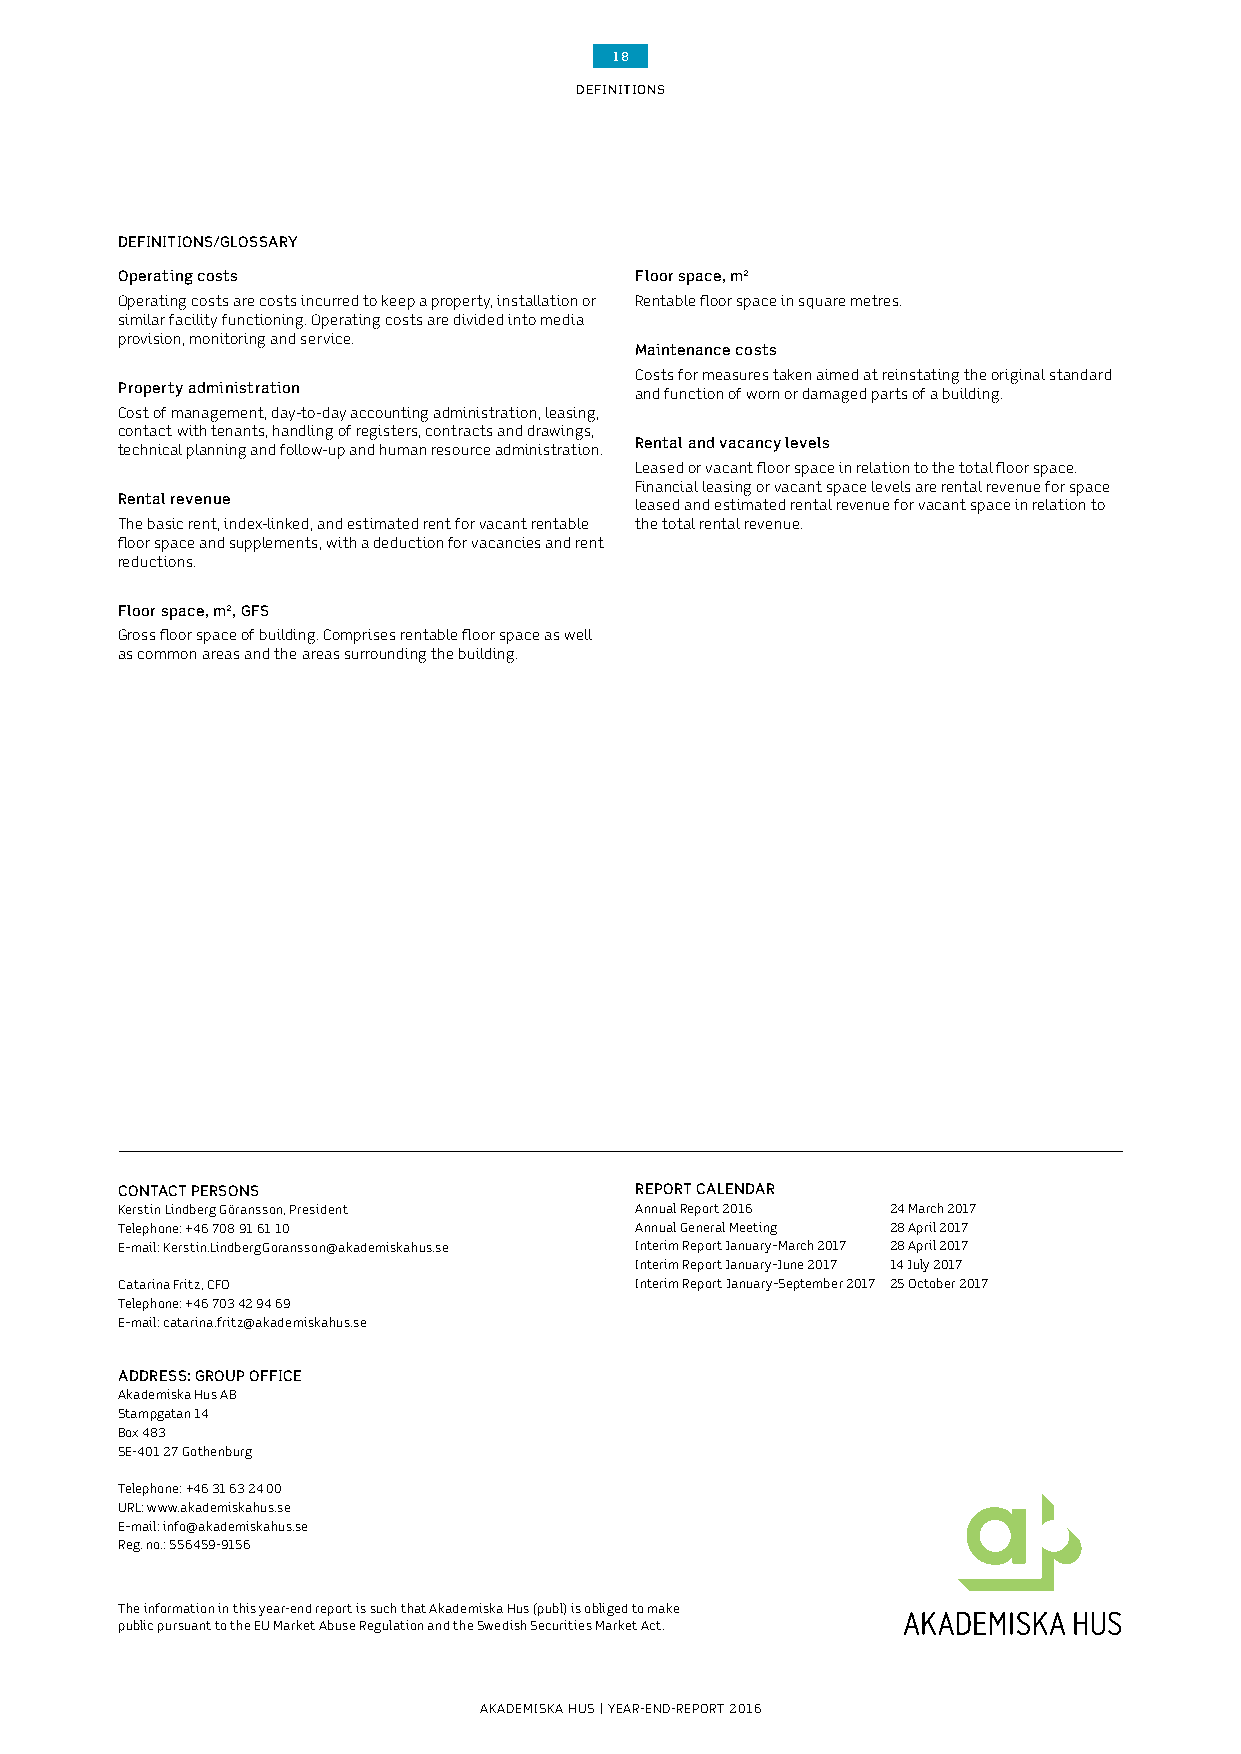
18
 DEFINITIONS
 DEFINITIONS/GLOSSARY
 Operating costs                   Floor space, m²
 Operating costs are costs incurred to keep a property, installation or Rentable floor space in square metres.
 similar facility functioning. Operating costs are divided into media
 provision, monitoring and service.
 Maintenance costs
 Costs for measures taken aimed at reinstating the original standard
 Property administration           and function of worn or damaged parts of a building.
 Cost of management, day-to-day accounting administration, leasing,
 contact with tenants, handling of registers, contracts and drawings,
 Rental and vacancy levels
 technical planning and follow-up and human resource administration.
 Leased or vacant floor space in relation to the total floor space.
 Financial leasing or vacant space levels are rental revenue for space
 Rental revenue                    leased and estimated rental revenue for vacant space in relation to
 The basic rent, index-linked, and estimated rent for vacant rentable the total rental revenue.
 floor space and supplements, with a deduction for vacancies and rent
 reductions.
 Floor space, m², GFS
 Gross floor space of building. Comprises rentable floor space as well
 as common areas and the areas surrounding the building.
 CONTACT PERSONS                   REPORT CALENDAR
 Kerstin Lindberg Göransson, President Annual Report 2016 24 March 2017
 Telephone: +46 708 91 61 10       Annual General Meeting 28 April 2017
 E–mail: Kerstin.LindbergGoransson@akademiskahus.se Interim Report January–March 2017 28 April 2017
 Interim Report January–June 2017 14 July 2017
 Catarina Fritz, CFO               Interim Report January–September 2017 25 October 2017
 Telephone: +46 703 42 94 69
 E–mail: catarina.fritz@akademiskahus.se
 ADDRESS: GROUP OFFICE
 Akademiska Hus AB
 Stampgatan 14
 Box 483
 SE-401 27 Gothenburg
 Telephone: +46 31 63 24 00
 URL: www.akademiskahus.se
 E–mail: info@akademiskahus.se
 Reg. no.: 556459-9156
 The information in this year-end report is such that Akademiska Hus (publ) is obliged to make
 public pursuant to the EU Market Abuse Regulation and the Swedish Securities Market Act.
 AKADEMISKA HUS | YEAR-END-REPORT 2016